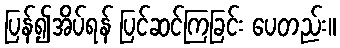
ပြန်၍အိပ်ရန် ပြင်ဆင်ကြခြင်း ပေတည်း။